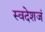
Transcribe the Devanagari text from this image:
स्वदेशजं